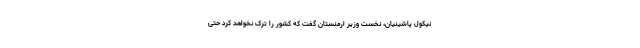
نیکول پاشینیان، نخست وزیر ارمنستان گفت که کشور را ترک نخواهد کرد حتی